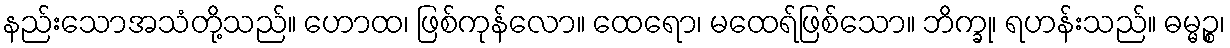
နည်းသောအသံတို့သည်။ ဟောထ၊ ဖြစ်ကုန်လော။ ထေရော၊ မထေရ်ဖြစ်သော။ ဘိက္ခု၊ ရဟန်းသည်။ ဓမ္မဉ္စ၊